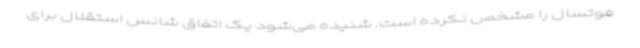
فوتسال را مشخص نکرده است. شنیده می‌شود یک اتفاق شانس استقلال برای